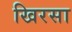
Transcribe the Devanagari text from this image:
खिरसा